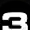
Digit: 3